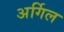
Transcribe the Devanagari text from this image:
अर्गिल